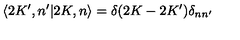
\langle 2 K ^ { \prime } , n ^ { \prime } | 2 K , n \rangle = \delta ( 2 K - 2 K ^ { \prime } ) \delta _ { n n ^ { \prime } }